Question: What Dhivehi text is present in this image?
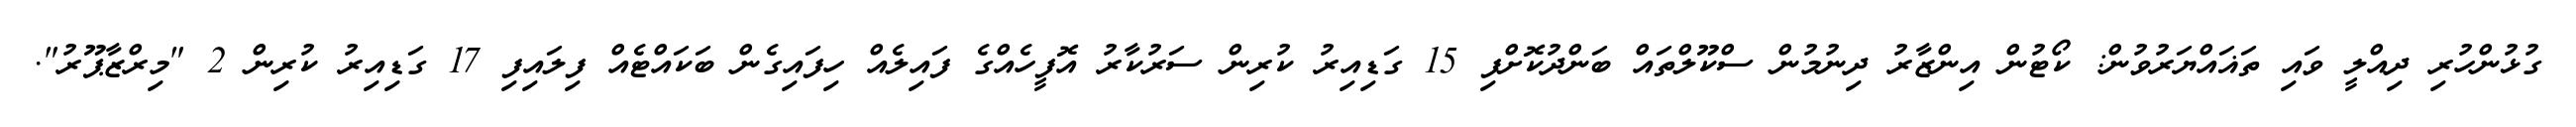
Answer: ގުޅުންހުރި ދިއްލީ ވައި ތަޣައްޔަރުވުން: ކޯޓުން އިންޒާރު ދިނުމުން ސްކޫލްތައް ބަންދުކޮށްފި 15 ގަޑިއިރު ކުރިން ސަރުކާރު އޮފީހެއްގެ ފައިލެއް ހިފައިގެން ބަކައްޓެއް ފިލައިފި 17 ގަޑިއިރު ކުރިން 2 "މިރްޒާޕޫރު".